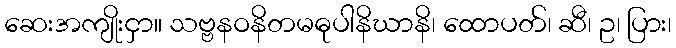
ဆေးအကျိုးငှာ။ သဗ္ဗနဝနိတမဓုပါနိဃာနိ၊ ထောပတ်၊ ဆီ၊ ဥ၊ ပြား၊